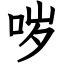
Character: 哕